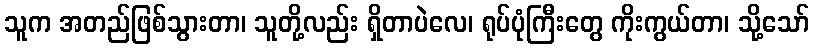
သူက အတည်ဖြစ်သွားတာ၊ သူတို့လည်း ရှိတာပဲလေ၊ ရုပ်ပုံကြီးတွေ ကိုးကွယ်တာ၊ သို့သော်